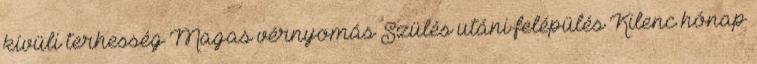
kívüli terhesség Magas vérnyomás Szülés utáni felépülés Kilenc hónap